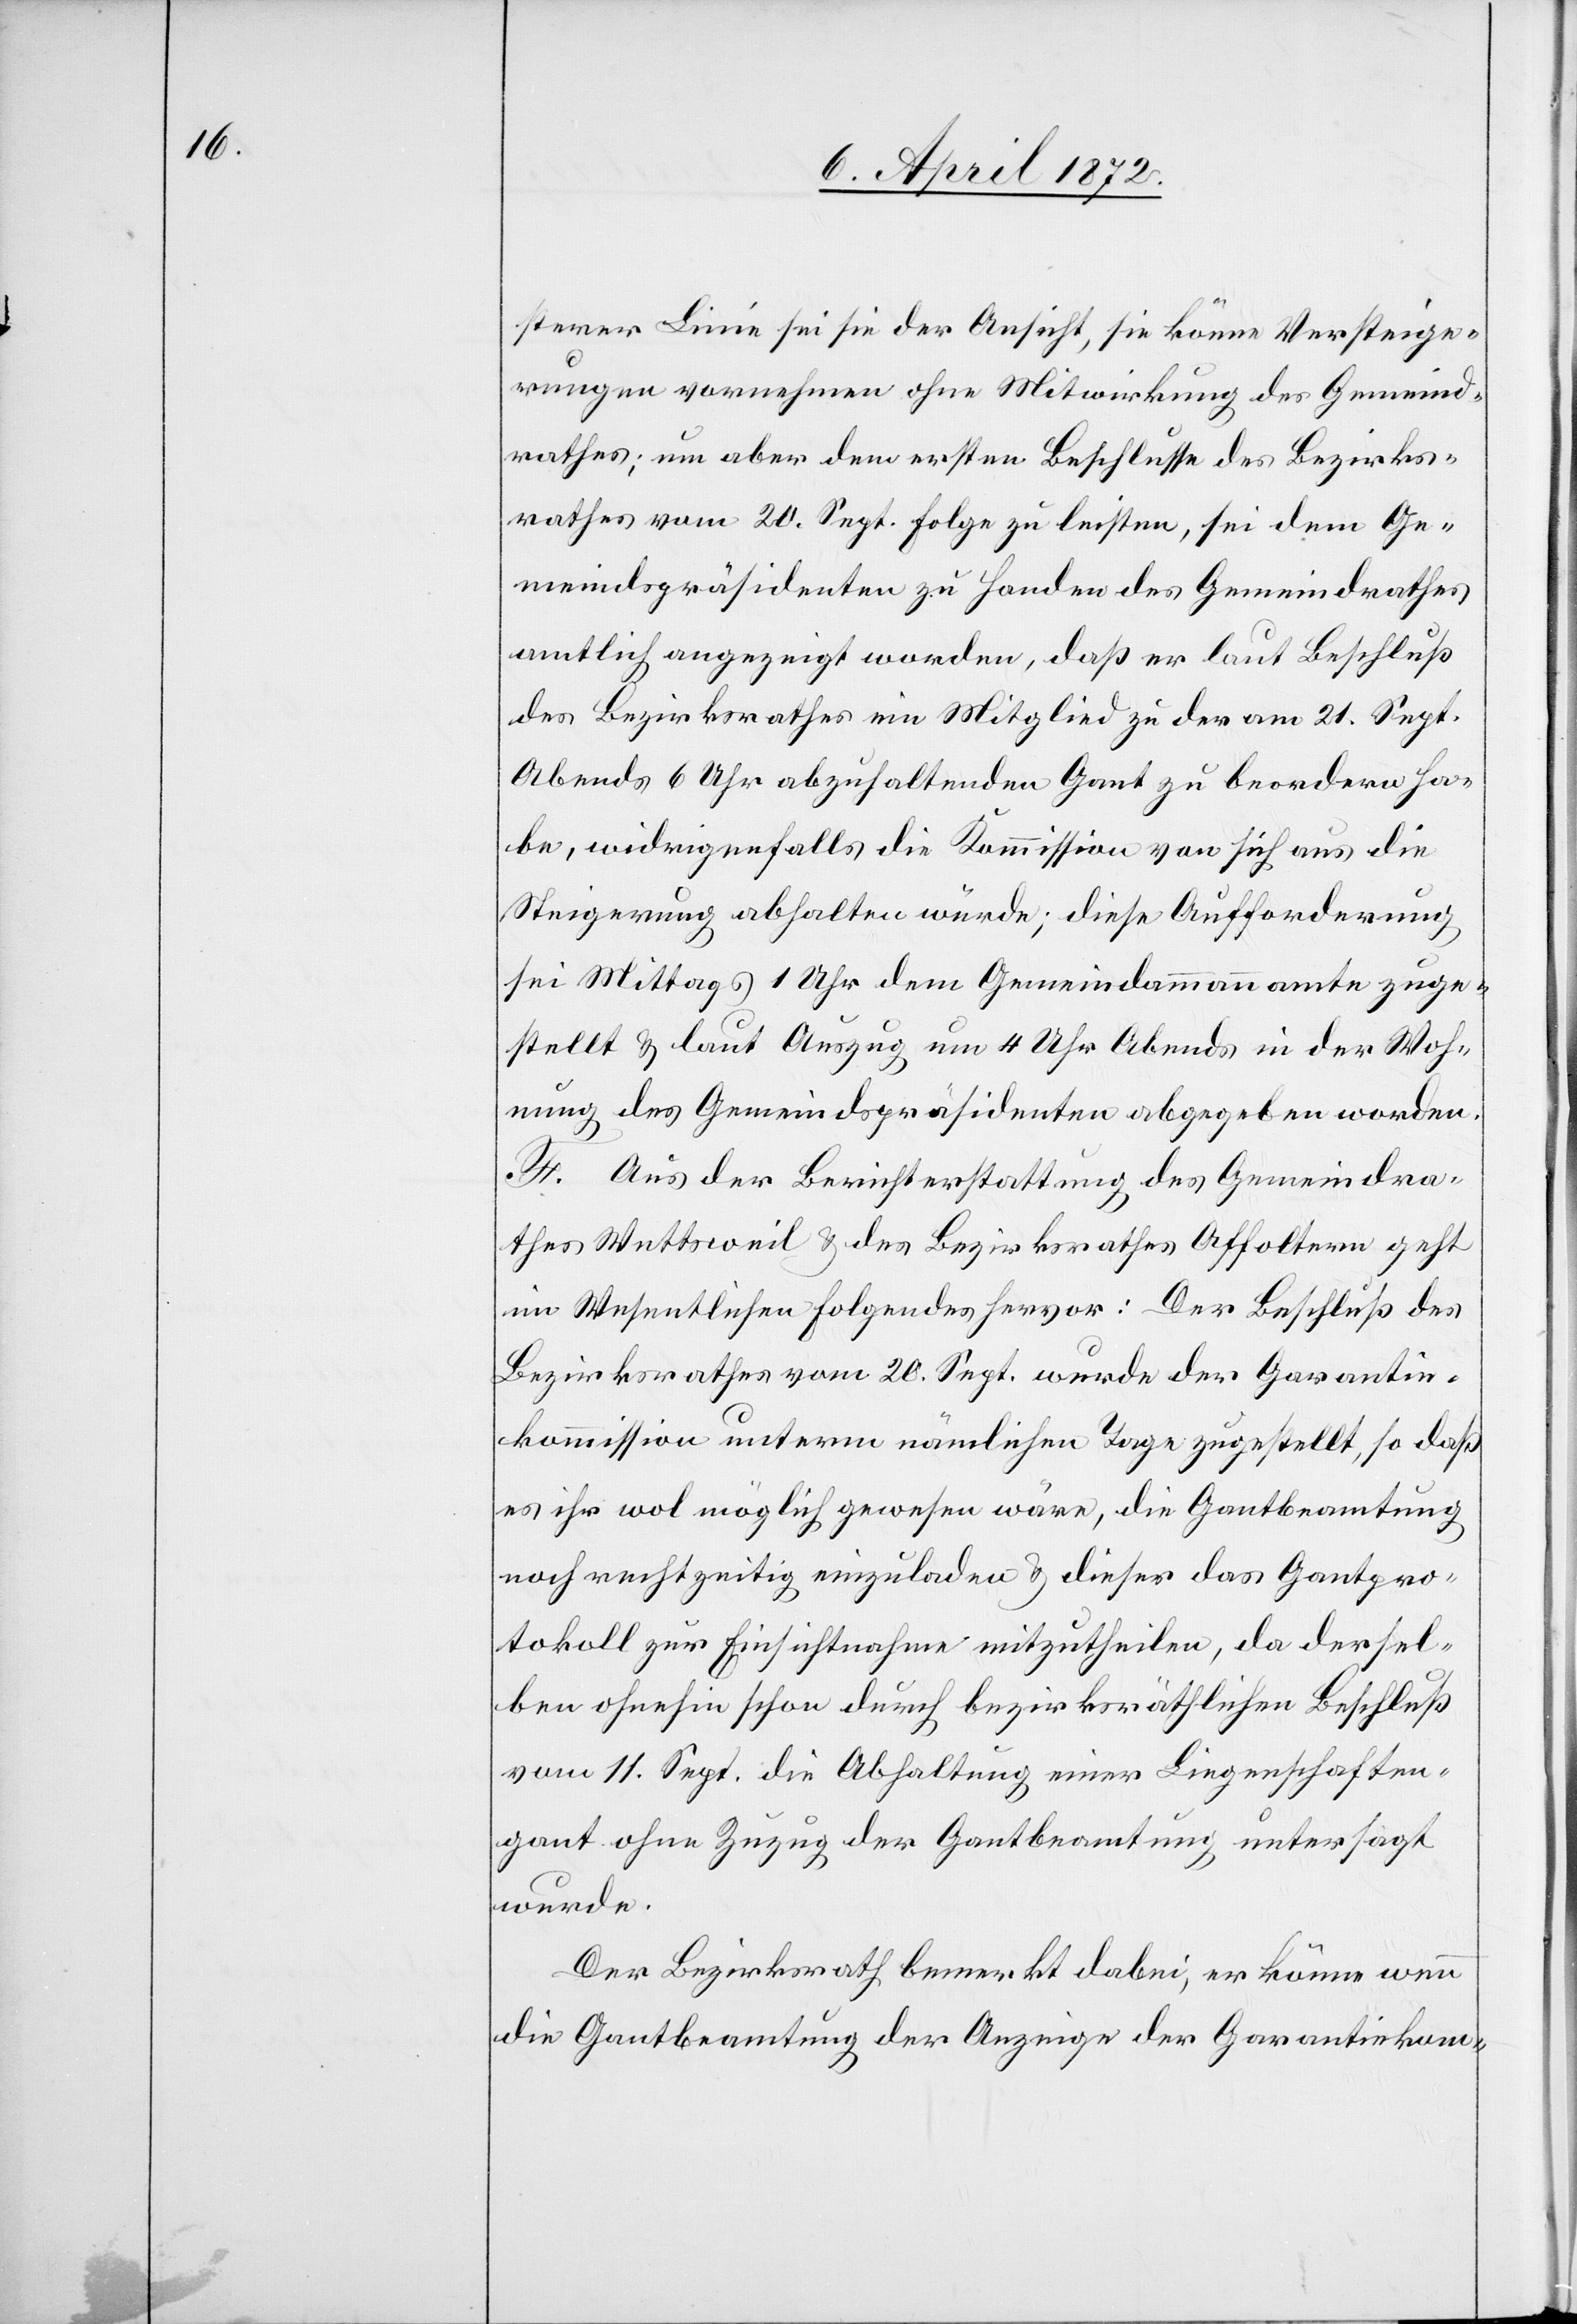
sterer [sic!] Linie sei sie der Ansicht, sie könne Versteige¬
rungen vornehmen ohne Mitwirkung des Gemeind¬
rathes; um aber dem ersten Beschlusse des Bezirks¬
rathes vom 20. Sept. Folge zu leisten, sei dem Ge¬
meindspräsidenten zu Handen des Gemeindrathes
amtlich angezeigt worden, daß er laut Beschluß
des Bezirksrathes ein Mitglied zu der am 21. Sept.
Abends 6 Uhr abzuhaltenden Gant zu beordern ha¬
be, widrigenfalls die Kommission von sich aus die
Steigerung abhalten würde; diese Aufforderung
sei Mittags 1 Uhr dem Gemeindammannamte zuge¬
stellt u. laut Auszug um 4 Uhr Abends in der Woh¬
nung des Gemeindspräsidenten abgegeben worden.
F. Aus der Berichterstattung des Gemeindra¬
thes Wettsweil u. des Bezirksrathes Affoltern geht
im Wesentlichen folgendes hervor: Der Beschluß des
Bezirksrathes vom 20. Sept. wurde der Garantie¬
kommission unterm nämlichen Tage zugestellt, so daß
es ihr wol möglich gewesen wäre, die Gantbeamtung
noch rechtzeitig einzuladen u. dieser das Gantpro¬
tokoll zur Einsichtnahme mitzutheilen, da dersel¬
ben ohnehin schon durch bezirksräthlichen Beschluß
vom 11. Sept. die Abhaltung einer Liegenschaften¬
gant ohne Zuzug der Gantbeamtung untersagt
wurde.
Der Bezirksrath bemerkt dabei, er könne wenn
die Gantbeamtung der Anzeige der Garantiekom-